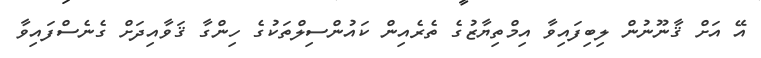
އޭ އަށް ޤާނޫނުން ލިބިފައިވާ އިމްތިޔާޒުގެ ތެރެއިން ކައުންސިލްތަކުގެ ހިންގާ ޤަވާއިދަށް ގެނެސްފައިވާ